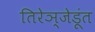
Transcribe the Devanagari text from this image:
तिरेञ्जेडूंत